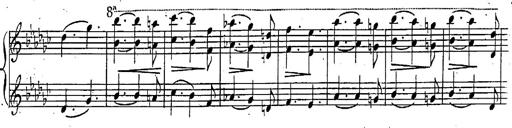
Title: Marche et Cavatine de Lucie de Lammermoor, S.398
Composer: Franz Liszt